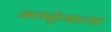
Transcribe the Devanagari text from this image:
जलकुंभाच्या